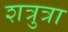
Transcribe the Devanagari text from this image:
शत्रुत्रा